Annual administration report of the Civil Veterinary Department of India - 1896-1897
Year: 1896
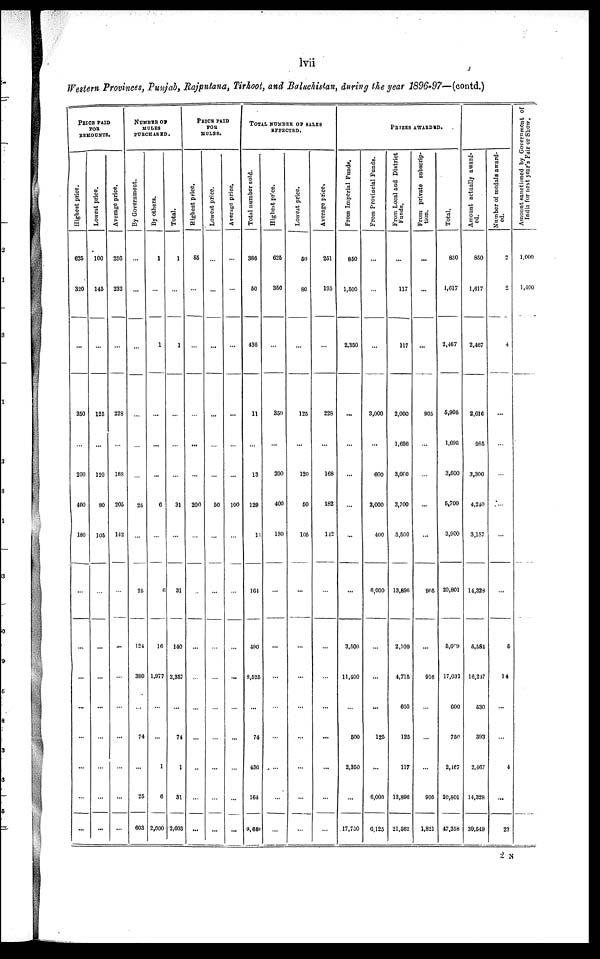
lvii
Western Provinces, Punjab, Rajputana, Tirhoot, and Baluchistan, during the year 1896-97—(eontd.)
PRICE PAID
FOR
REMOUNTS.
Highest price.
625
320
...
350
...
200
400
180
...
...
...
...
...
...
...
...
Lowest price.
100
145
...
125
...
120
80
105
...
...
...
...
...
...
...
...
Average price.
236
232
...
228
...
168
205
142
...
...
...
...
...
...
...
...
NUMBER OF
MULES
PUROHASED.
By Government.
...
...
...
...
...
...
25
...
25
124
380
...
74
...
25
603
By others.
1
...
1
..
...
...
6
...
6
16
1,977
...
1
6
2,000
Total.
1
...
1
...
...
...
31
...
31
140
2,357
...
74
1
31
2,603
PRICE PAID
FOR
MULES.
Highest price.
85
...
...
...
...
...
200
...
...
...
...
...
...
..
...
...
Lowest price.
...
...
...
...
...
...
50
...
...
...
...
...
...
...
...
...
Average price.
...
...
...
...
...
...
100
...
...
...
...
......
...
...
...
TOTAL NUMBER OF SALES EFEECTED.
Total number sold.
386
50
436
11
...
13
129
11
161
490
8,525
...
74
436
164
9,689
Highest price.
625
350
...
350
...
200
400
180
...
...
...
...
...
...
...
...
Lowest price.
50
80
...
125
...
120
50
105
...
...
...
...
...
...
...
...
Average price.
251
195
...
228
...
168
182
142
...
...
...
...
...
...
...
...
PRIZES AWARDID.
From Imperial Funds.
850
1,500
2,350
...
...
...
...
...
...
3,500
11,400
...
500
2,350
...
17,750
From Provincial Funds.
...
...
...
3,000
...
600
2,000
400
6,000
...
...
...
125
...
6,000
0,125
From Local and District
Funds.
...
117
117
2,000
1,696
3,000
3,700
3,500
13,896
2,109
4,715
600
125
117
13,896
21,562
From private subscrip-
tion.
...
...
...
905
...
...
...
...
905
...
916
...
...
...
905
1,821
Total.
850
1,617
2,467
5,905
1,696
3,600
5,700
3,900
20,801
5,609
17,031
600
750
2,167
20,801
47,258
Amount
actually award-
ed.
850
1,617
2,467
2,616
985
3,300
4,240
3,187
14,328
5,584
10,247
530
393
2,467
14,328
39,549
Number of medals award-
ed.
2
2
4
...
...
...
...
...
...
5
14
...
...
4
...
23
Amount sanctioned by Government of
India for nest year's Fair or Show.
1,000
1,400
2 N